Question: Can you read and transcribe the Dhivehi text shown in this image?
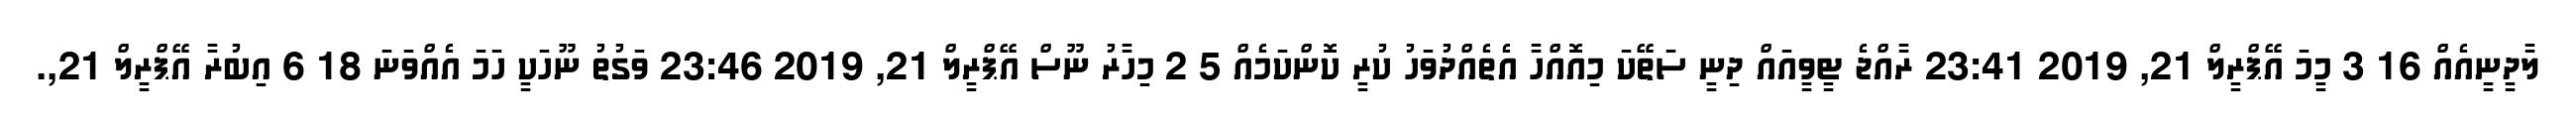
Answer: ލާދީނީއެއް 16 3 މީމަ އޭޕްރީލް 21, 2019 23:41 ރާއްޖެ ޓީވީއައް ދިނީ ސަތޭކަ މިއޮއްހާ އެތެއްދުވަހު ކުރީ ކޮންކަމެއް 5 2 މިހާރު ނޫސް އޭޕްރީލް 21, 2019 23:46 ވަގުތު ނޫހަކީ ހަމަ އެއްވަނަ 18 6 އިބުރާ އޭޕްރީލް 21,.